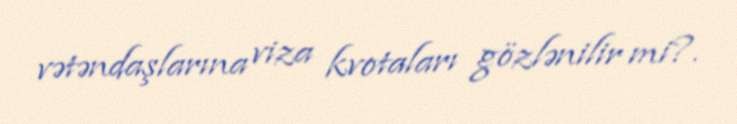
vətəndaşlarına viza kvotaları gözlənilir mi?.